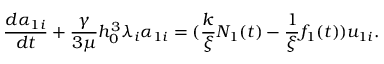
\frac { d \alpha _ { 1 i } } { d t } + \frac { \gamma } { 3 \mu } h _ { 0 } ^ { 3 } \lambda _ { i } \alpha _ { 1 i } = ( \frac { k } { \xi } N _ { 1 } ( t ) - \frac { 1 } { \xi } f _ { 1 } ( t ) ) u _ { 1 i } .